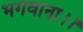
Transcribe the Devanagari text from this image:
भगवाना।।